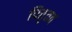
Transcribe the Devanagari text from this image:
पितृतव